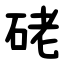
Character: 硓